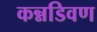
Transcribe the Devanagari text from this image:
कन्नडिवण